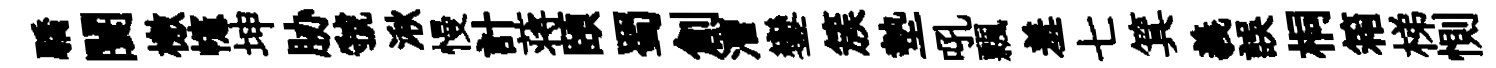
驕闤檄幰坤胁虢湫慢計蒋頤蜀創漕鑾簇墊吼飄羞七箕義誤桐箱梯惻